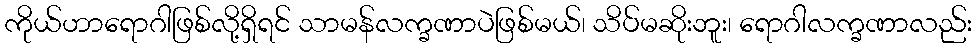
ကိုယ်ဟာရောဂါဖြစ်လို့ရှိရင် သာမန်လက္ခဏာပဲဖြစ်မယ်၊ သိပ်မဆိုးဘူး၊ ရောဂါလက္ခဏာလည်း